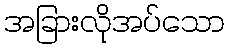
အခြားလိုအပ်သော